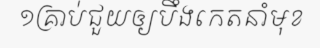
១គ្រាប់ជួយឲ្យបឹងកេតនាំមុខ